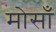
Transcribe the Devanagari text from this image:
मोसाँ